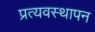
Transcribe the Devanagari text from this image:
प्रत्यवस्थापन